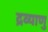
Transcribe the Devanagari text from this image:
द्रव्याणु